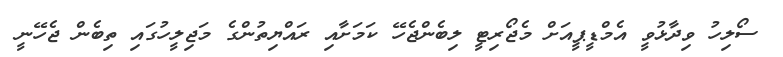
ސޯލިހު ވިދާޅުވީ އެމްޑީޕީއަށް މެޖޯރިޓީ ލިބެންޖެހޭ ކަމަށާއި ރައްޔިތުންގެ މަޖިލީހުގައި ތިބެން ޖެހޭނީ